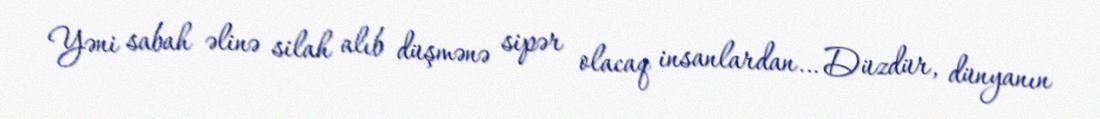
Yəni sabah əlinə silah alıb düşmənə sipər olacaq insanlardan… Düzdür, dünyanın